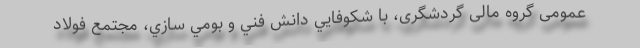
عمومی گروه مالی گردشگری، با شكوفایي دانش فني و بومي سازي، مجتمع فولاد